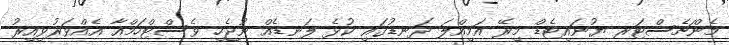
މެންޗެސްޓަރ ޔުނައިޓެޑް މިރޭ އަމިއްލަ ދަނޑުގައި ކުޅެ ލަނޑެއް ނުޖެހި ވެސްޓްހަމްއާ އެއްވަރުވިއިރު